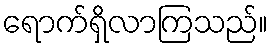
ရောက်ရှိလာကြသည်။